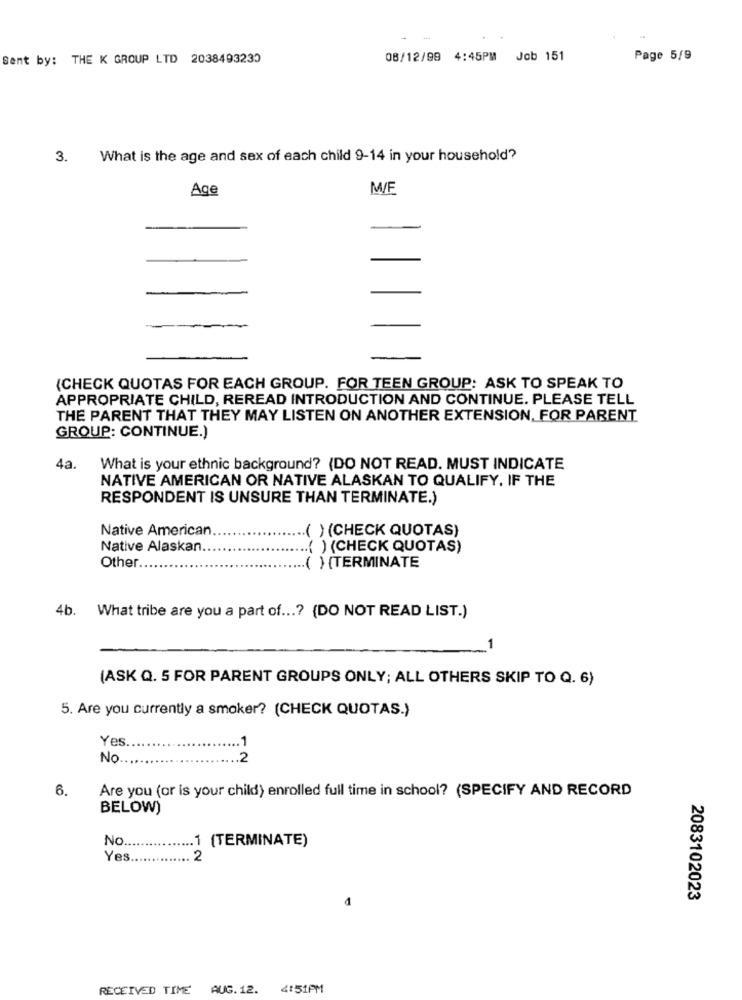
Sent by: THE K GROUP LTD 2038493230
08/12/99 4:45PM Job 151
Page 5/9
3.
What is the age and sex of each child 9-14 in your household?
Age
M/F
(CHECK QUOTAS FOR EACH GROUP. FOR TEEN GROUP: ASK TO SPEAK TO
APPROPRIATE CHILD, REREAD INTRODUCTION AND CONTINUE. PLEASE TELL
THE PARENT THAT THEY MAY LISTEN ON ANOTHER EXTENSION, FOR PARENT
GROUP: CONTINUE.)
4a.
What is your ethnic background? (DO NOT READ. MUST INDICATE
NATIVE AMERICAN OR NATIVE ALASKAN TO QUALIFY, IF THE
RESPONDENT IS UNSURE THAN TERMINATE.)
Native American
( ) (CHECK QUOTAS)
Native Alaskan.
.( ) (CHECK QUOTAS)
Other.
.( ) {TERMINATE
4b.
What tribe are you a part of ...? (DO NOT READ LIST.)
1
(ASK Q. 5 FOR PARENT GROUPS ONLY; ALL OTHERS SKIP TO Q. 6)
5. Are you currently a smoker? (CHECK QUOTAS.)
Yes
No
12
6.
Are you (or is your child) enrolled full time in school? (SPECIFY AND RECORD
BELOW)
.. 1 (TERMINATE)
No.
Yes
2
2083102023
RECEIVED TIME AUG. 12.
4:51PM